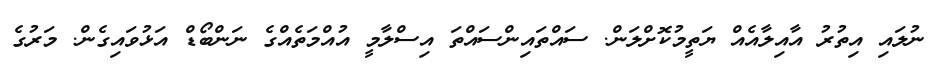
ނުލައި އިތުރު އާއިލާއެއް ޔަތީމުކޮށްލަން. ސައްތައިންސައްތަ އިސްލާމީ އުއްމަތެއްގެ ނަންބޯޑް އަޅުވައިގެން. މަރުގެ